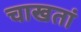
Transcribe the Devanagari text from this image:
चाखतां